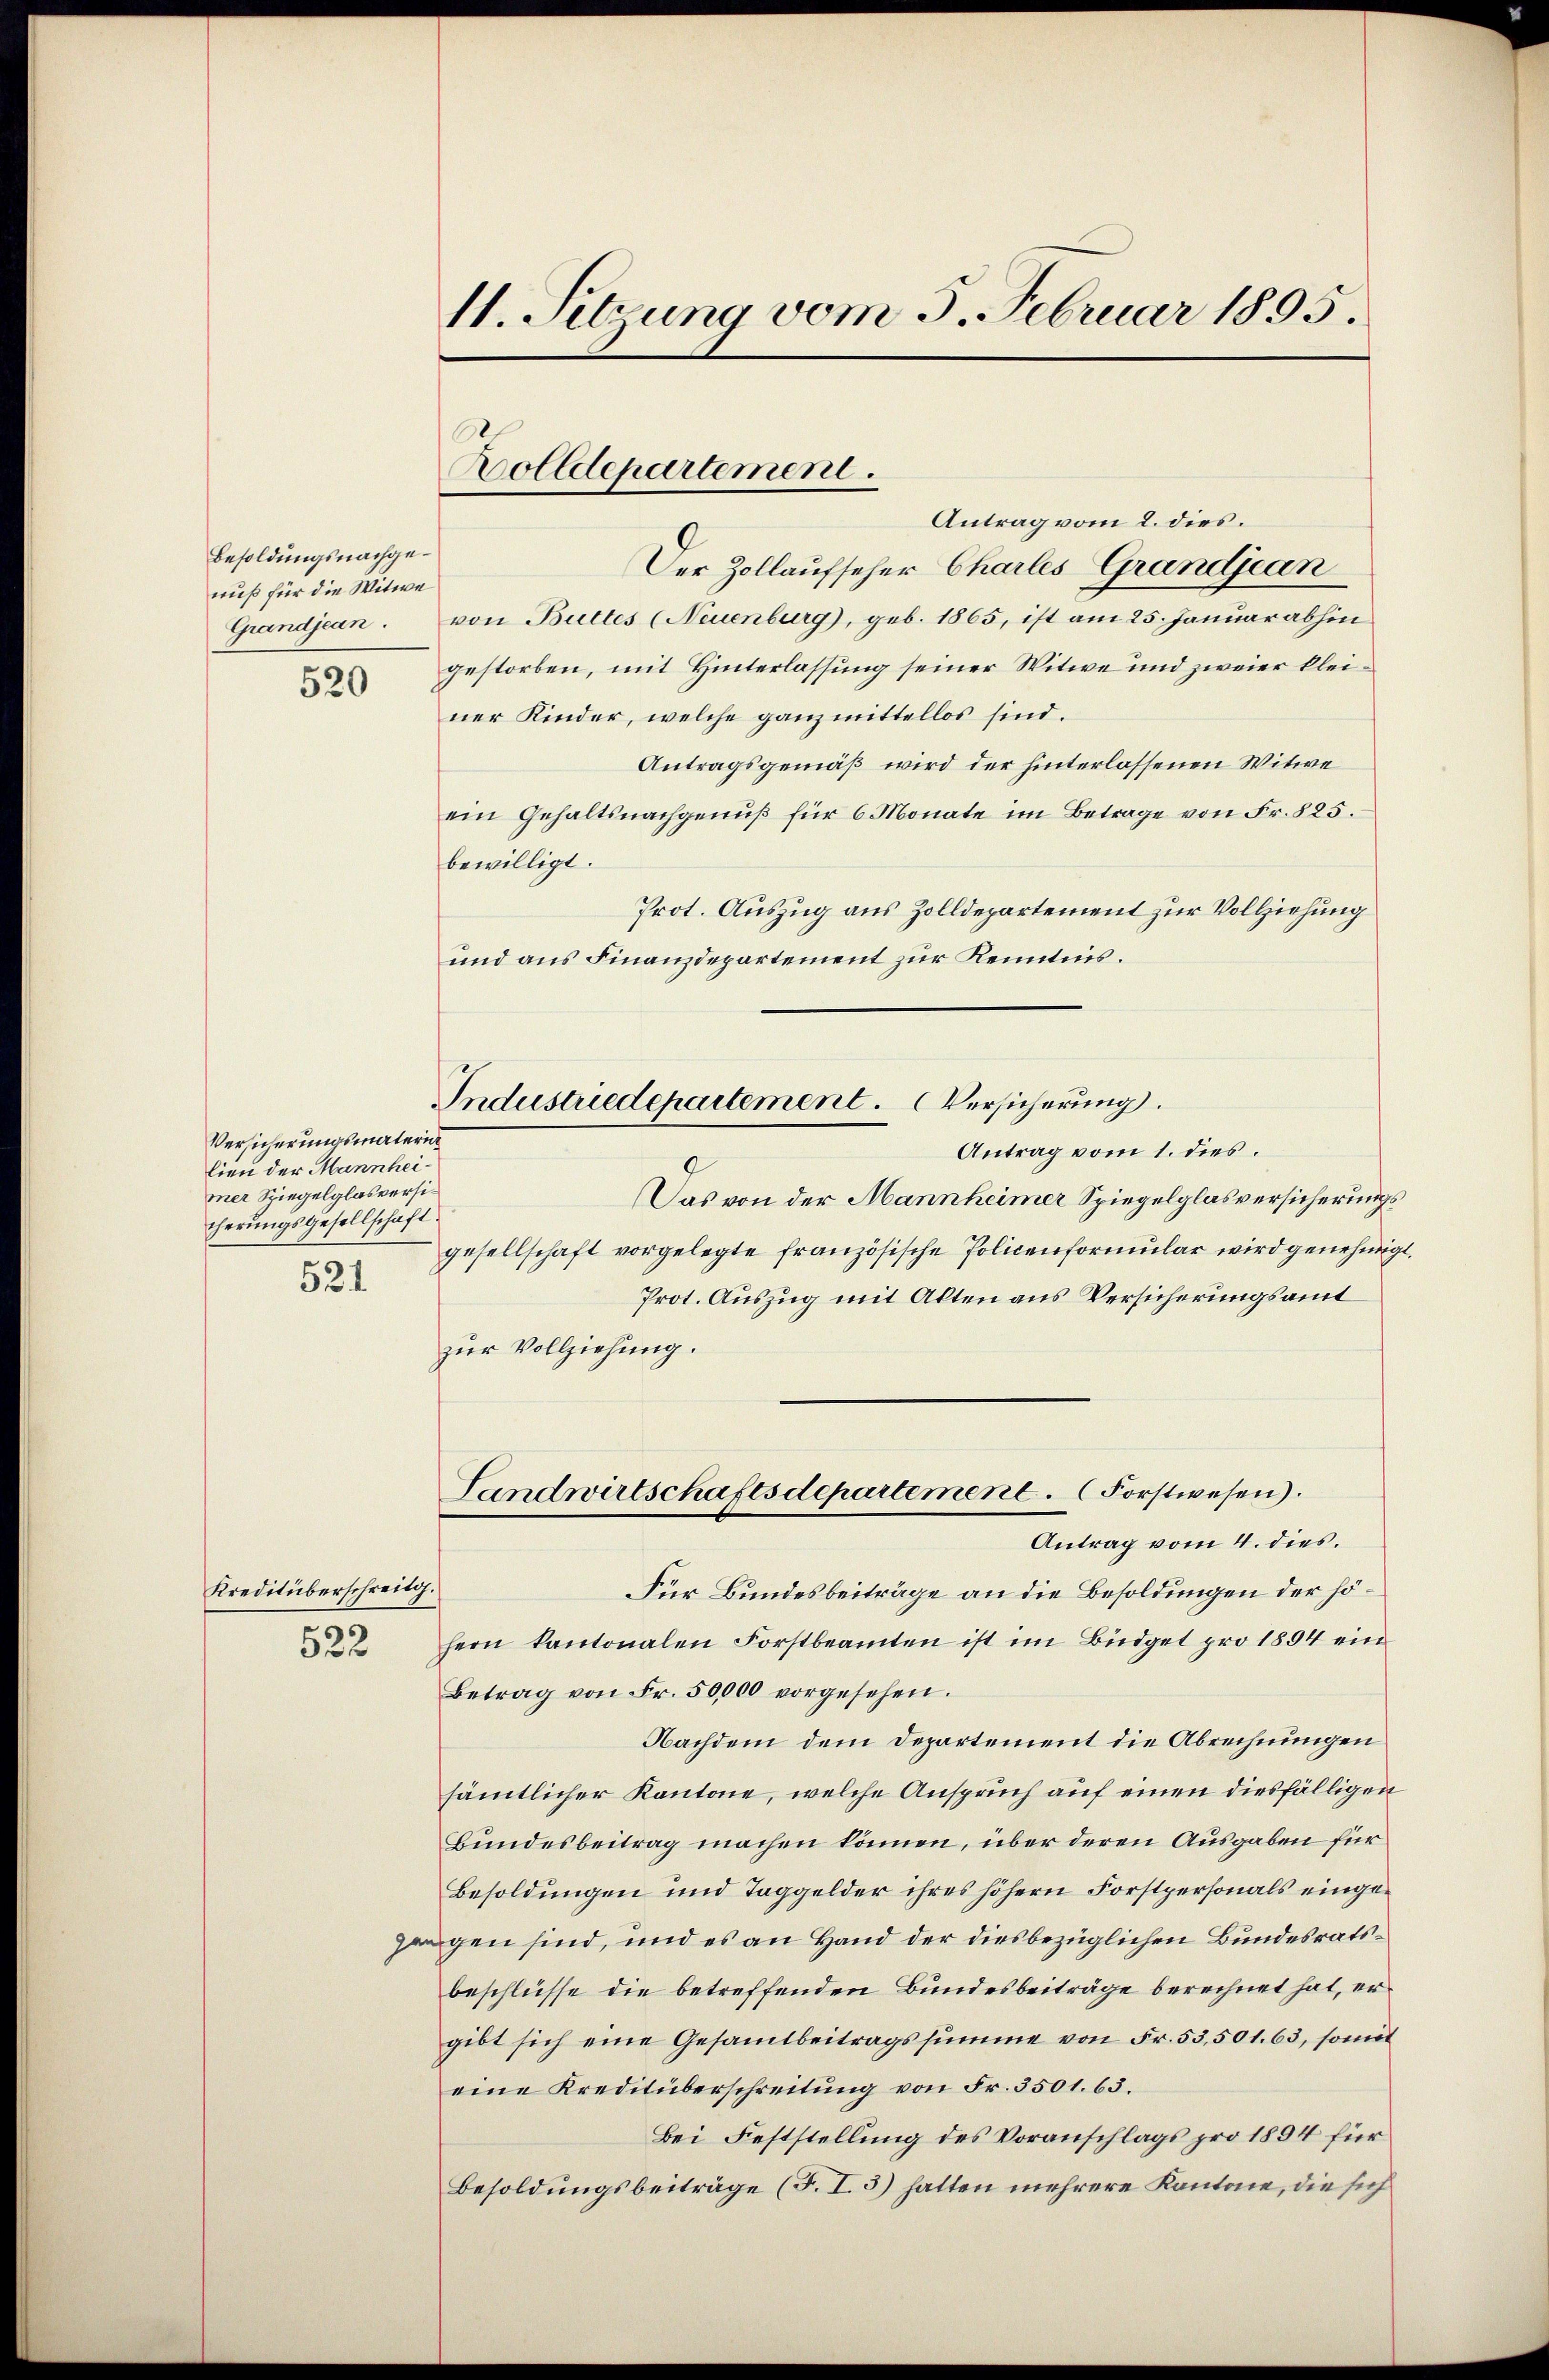
Besoldungsnachgenuß für die Witwe
Grandjean.

520

Versicherungsmaterin
lien der Mannheimner Spiegelglasversicherungsgesellschaft
521

Kreditüberschreitg.
522

11. Setzung vom 5. Februar 1895.

Bolldepartement.
Antrag vom 2. dies.

Industriedepartement. Versicherung.
Antrag vom 1. dies.

Der Zollaufseher Charles Grandjean
von Buttes (Neuenburg), geb. 1865, ist am 25. Januar abhin
gestorben, mit Hinterlassung seiner Witwe und zweier kleiner Kinder, welche ganz mittellos sind.
Antragsgemäß wird der hinterlassenen Witwe
ein Gehaltsnachgenuß für 6 Monate im Betrage von Fr. 825.
bewilligt.
Prot. Auszug aus Zolldepartement zur Vollziehung
und aus Finanzdepartement zur Kenntnis.
Das von der Mannheimer Spiegelglasversicherungsgesellschaft vorgelegte französische Policenformular wird genehmigt,
Prot. Auszug mit Alten aus Versicherungsamt
zur Vollziehung.
Landwirtschaftsdepartement. (Forstwesen).
Antrag vom 4. dies.
Für Bundesbeiträge an die Besoldungen der höhern kantonalen Forstbeamten ist im Büdget pro 1894 ein
Betrag von Fr. 50,000 vorgesehen.
Nachdem dem Departement die Abrechnungen
sämtlicher Kantone, welche Anspruch auf einen diesfälligen
Bundesbeitrag machen können, über deren Ausgaben für
Besoldungen und Taggelder ihres höhern Forstpersonals eingegen sind, und es an Hand der diesbezüglichen Bundesratsbeschlüsse die betreffenden Bundesbeiträge berechnet hat, er
gibt sich eine Gesammtbeitragssumme von Fr. 53,501. 63, somit
eine Kreditüberschreitung von Fr. 3501. 63.
Bei Feststellung des Voranschlags pro 1894 für
Besoldungsbeiträge (T. I. 3) hatten mehrere Kantone, die sich